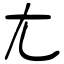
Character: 尢